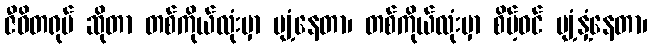
ဇီဝိတရုပ် ဆိုတာ တစ်ကိုယ်လုံးမှာ ပျံ့နေတာ၊ တစ်ကိုယ်လုံးမှာ စိမ့်ဝင် ပျံ့နှံ့နေတာ၊